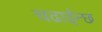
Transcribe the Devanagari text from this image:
चढाईन्छ